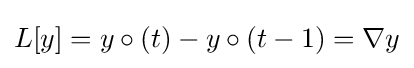
L[y]=y\circ (t)-y\circ (t-1)=\nabla y